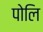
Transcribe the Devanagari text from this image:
पोलि